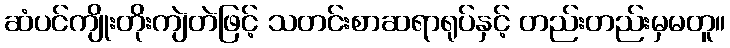
ဆံပင်ကျိုးတိုးကျဲတဲဖြင့် သတင်းစာဆရာရုပ်နှင့် တည်းတည်းမှမတူ။